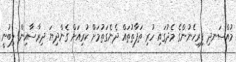
މުއްސަނދި ފިރިހެނުންގެ މެދުގައި ހުރި ތަފާތުތައް ދެނެގަތުމަށް ކުރިއަށް ގެންދިޔަ ދިރާސާއިން ލިބުނީ